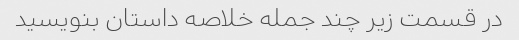
در قسمت زیر چند جمله خلاصه داستان بنویسید